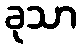
ခုသာ